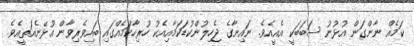
ކަމެއް ނާންގަން އުޅުނު ސަބަބަކީ އެއީއެވެ. ނައިނާގެ ޖެހިލުންކުޑަކަމާއިއެކު ހުރިހާކަމެއްގައި ބައިވެރިވާން އުޅޭނެއަތީއެވެ.